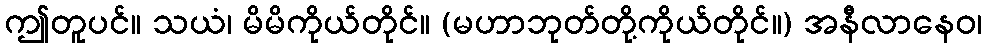
ဤတူပင်။ သယံ၊ မိမိကိုယ်တိုင်။ (မဟာဘုတ်တို့ကိုယ်တိုင်။) အနီလာနေဝ၊